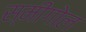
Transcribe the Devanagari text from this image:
स्मीगोल